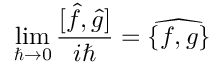
\operatorname * { l i m } _ { \hbar \rightarrow 0 } \frac { [ \hat { f } , \hat { g } ] } { i \hbar } = \widehat { \{ f , g \} }